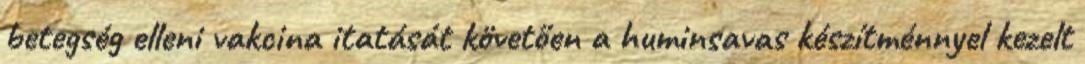
betegség elleni vakcina itatását követően a huminsavas készítménnyel kezelt